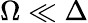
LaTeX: \Omega\ll\Delta